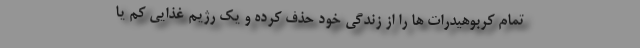
تمام کربوهیدرات ها را از زندگی خود حذف کرده و یک رژیم غذایی کم یا